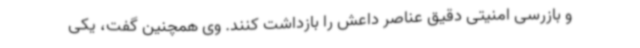
و بازرسی امنیتی دقیق عناصر داعش را بازداشت کنند. وی همچنین گفت، یکی